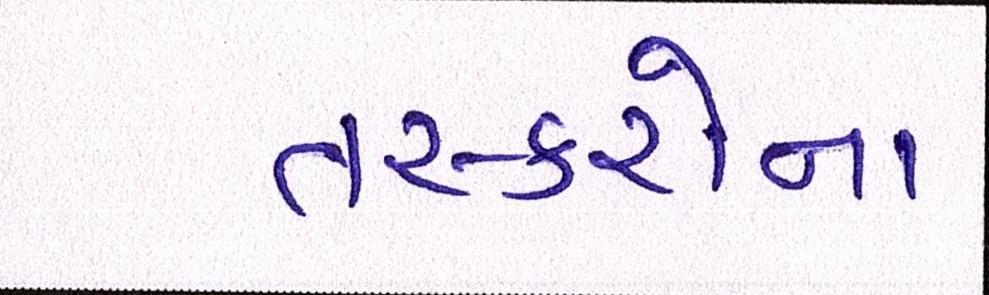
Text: તસ્કરોના